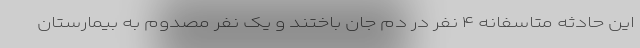
این حادثه متاسفانه ۴ نفر در دم جان باختند و یک نفر مصدوم به بیمارستان